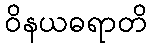
ဝိနယဓရာတိ